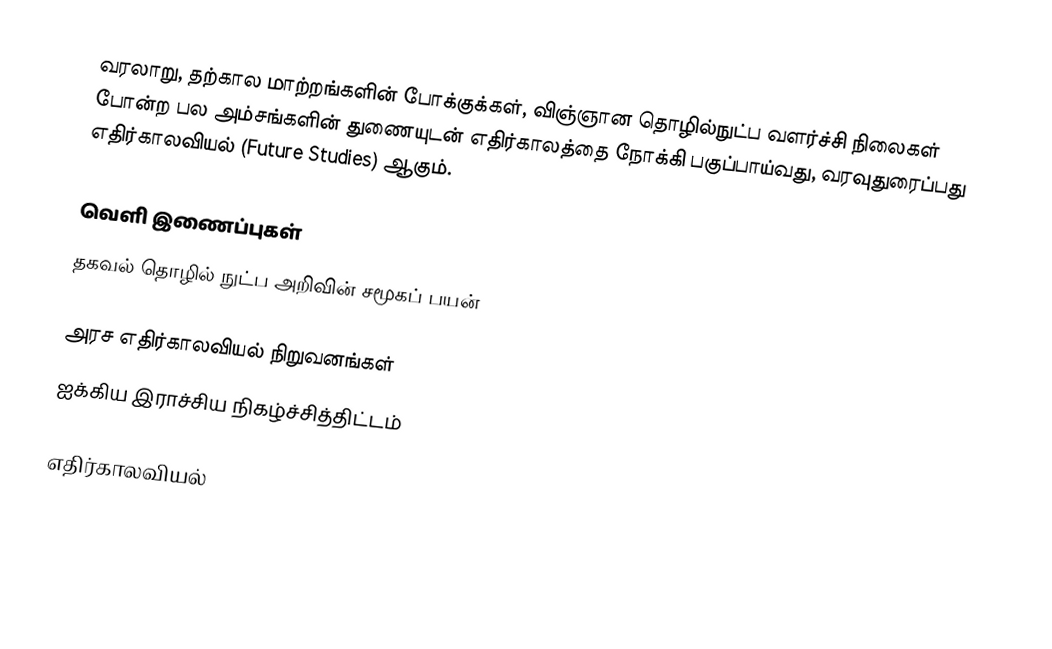
வரலாறு, தற்கால மாற்றங்களின் போக்குக்கள், விஞ்ஞான தொழில்நுட்ப வளர்ச்சி நிலைகள் போன்ற பல அம்சங்களின் துணையுடன் எதிர்காலத்தை நோக்கி பகுப்பாய்வது, வரவுதுரைப்பது எதிர்காலவியல் (Future Studies) ஆகும்.

வெளி இணைப்புகள்
 தகவல் தொழில் நுட்ப அறிவின் சமூகப் பயன்

அரச எதிர்காலவியல் நிறுவனங்கள்
 ஐக்கிய இராச்சிய நிகழ்ச்சித்திட்டம்

எதிர்காலவியல்